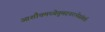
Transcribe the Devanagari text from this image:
आशौचमध्येतुमदनरत्नेसंवर्तः